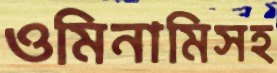
ওমিনামিসহ